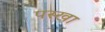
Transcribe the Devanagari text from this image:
पस्खा